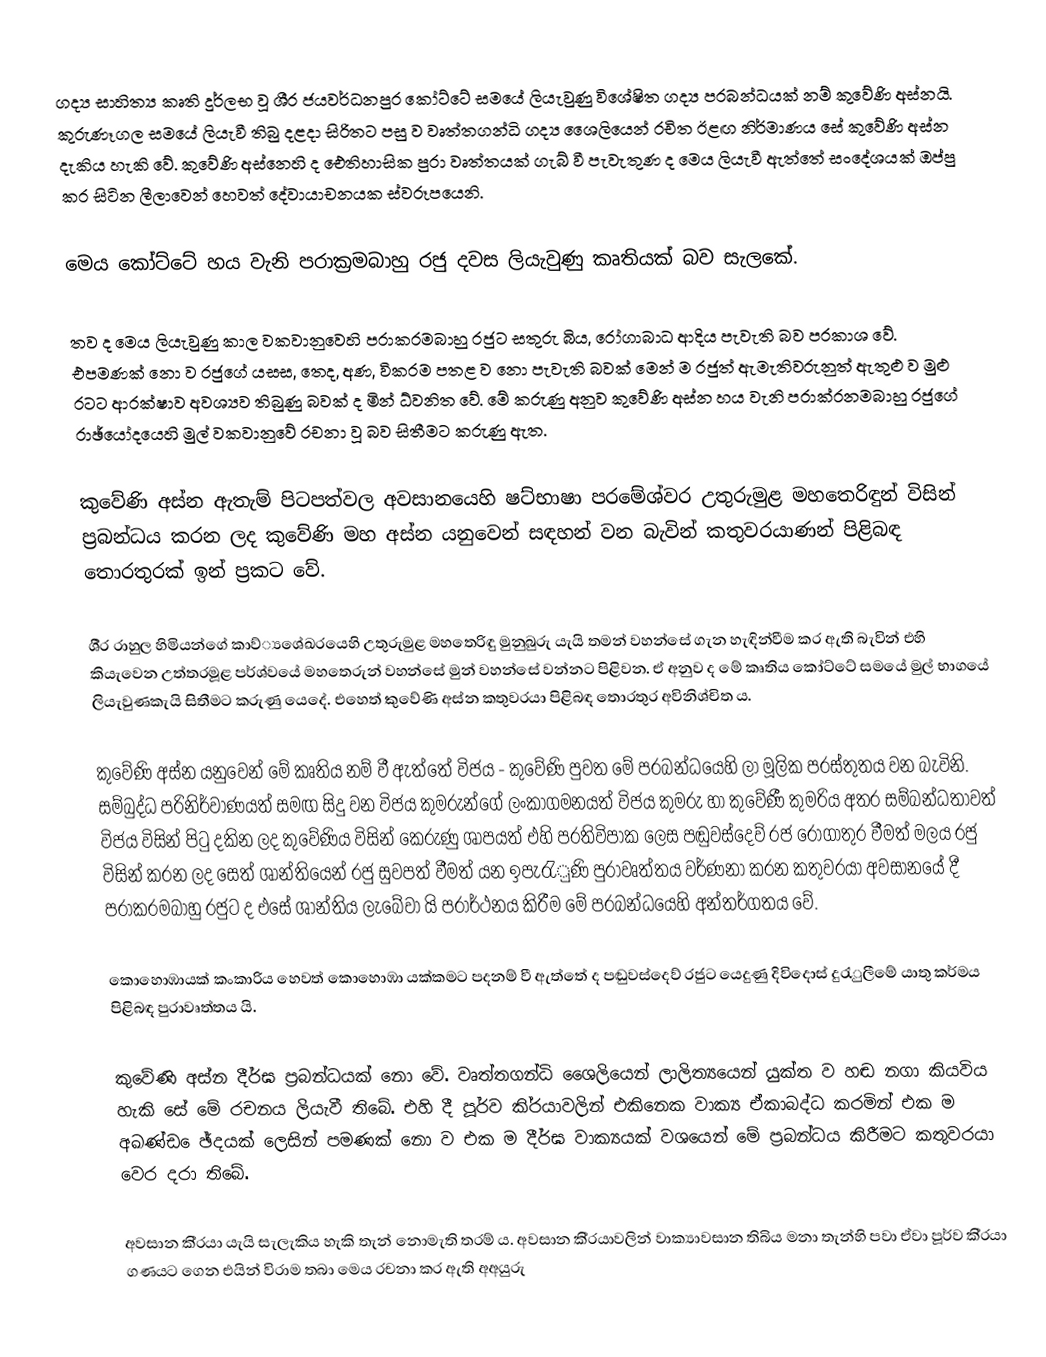
ගද්‍ය සාහිත්‍ය කෘති දුර්ලභ වූ ශී‍්‍ර ජයවර්ධනපුර කෝට්ටේ සමයේ ලියැවුණු විශේෂිත ගද්‍ය ප‍්‍රබන්ධයක් නම් කුවේණි අස්නයි. කුරුණෑගල සමයේ ලියැවී තිබු දළදා සිරිතට පසු ව වෘත්තගන්ධි ගද්‍ය ශෛලියෙන් රචිත ඊළඟ නිර්මාණය සේ කුවේණි අස්න දැකිය හැකි වේ. කුවේණි අස්නෙහි ද ඓතිහාසික පුරා වෘත්තයක් ගැබ් වී පැවැතුණ ද මෙය ලියැවී ඇත්තේ සංදේශයක් ඔප්පු කර සිටින ලීලාවෙන් හෙවත් දේවායාචනයක ස්වරූපයෙනි.

මෙය කෝට්ටේ හය වැනි පරාක‍්‍රමබාහු රජු දවස ලියැවුණු කෘතියක් බව සැලකේ.

තව ද මෙය ලියැවුණු කාල වකවානුවෙහි පරාක‍්‍රමබාහු රජුට සතුරු බිය, රෝගාබාධ ආදිය පැවැති බව ප‍්‍රකාශ වේ. එපමණක් නො ව රජුගේ යසස, තෙද, අණ, වික‍්‍රම පතළ ව නො පැවැති බවක් මෙන් ම රජුත් ඇමැතිවරුනුත් ඇතුළු ව මුළු රටට ආරක්ෂාව අවශ්‍යව තිබුණු බවක් ද මින් ධ්වනිත වේ. මේ කරුණු අනුව කුවේණි අස්න හය වැනි පරාක්රනමබාහු රජුගේ රාඡ්යෝදයෙහි මුල් වකවානුවේ රචනා වූ බව සිතීමට කරුණු ඇත.

කුවේණි අස්න ඇතැම් පිටපත්වල අවසානයෙහි ෂට්භාෂා පරමේශ්වර උතුරුමුළ මහතෙරිඳුන් විසින් ප‍්‍රබන්ධය කරන ලද කුවේණි මහ අස්න යනුවෙන් සඳහන් වන බැවින් කතුවරයාණන් පිළිබඳ තොරතුරක් ඉන් ප‍්‍රකට වේ.

ශී‍්‍ර රාහුල හිමියන්ගේ කාව්්‍යශේඛරයෙහි උතුරුමුළ මහතෙරිඳු මුනුබුරු යැයි තමන් වහන්සේ ගැන හැඳින්වීම කර ඇති බැවින් එහි කියැවෙන උත්තරමූළ පර්ශ්වයේ මහතෙරුන් වහන්සේ මුන් වහන්සේ වන්නට පිළිවන. ඒ අනුව ද මේ කෘතිය කෝට්ටේ සමයේ මුල් භාගයේ ලියැවුණකැයි සිතීමට කරුණු යෙදේ. එහෙත් කුවේණි අස්න කතුවරයා පිළිබඳ තොරතුර අවිනිශ්චිත ය.

කුවේණි අස්න යනුවෙන් මේ කෘතිය නම් වී ඇත්තේ විජය - කුවේණි පුවත මේ ප‍්‍රබන්ධයෙහි ලා මූලික ප‍්‍රස්තුතය වන බැවිනි. සම්බුද්ධ පරිනිර්වාණයත් සමඟ සිදු වන විජය කුමරුන්ගේ ලංකාගමනයත් විජය කුමරු හා කුවේණී කුමරිය අතර සම්බන්ධතාවත් විජය විසින් පිටු දකින ලද කුවේණිය විසින් කෙරුණු ශාපයත් එහි ප‍්‍රතිවිපාක ලෙස පඬුවස්දෙව් රජ රෝගාතුර වීමත් මලය රජු විසින් කරන ලද සෙත් ශාන්තියෙන් රජු සුවපත් වීමත් යන ඉපැරැුණි පුරාවෘත්තය වර්ණනා කරන කතුවරයා අවසානයේ දී පරාක‍්‍රමබාහු රජුට ද එසේ ශාන්තිය ලැබේවා යි ප‍්‍රාර්ථනය කිරීම මේ ප‍්‍රබන්ධයෙහි අන්තර්ගතය වේ.

කොහොඹායක් කංකාරිය හෙවත් කොහොඹා යක්කමට පදනම් වී ඇත්තේ ද පඬුවස්දෙව් රජුට යෙදුණු දිවිදොස් දුරැුලීමේ යාතු කර්මය පිළිබඳ පුරාවෘත්තය යි.

කුවේණි අස්න දීර්ඝ ප‍්‍රබන්ධයක් නො වේ. වෘත්තගන්ධි ශෛලියෙන් ලාලිත්‍යයෙන් යුක්ත ව හඬ නගා කියවිය හැකි සේ මේ රචනය ලියැවී තිබේ. එහි දී පූර්ව කි‍්‍රයාවලින් එකිනෙක වාක්‍ය ඒකාබද්ධ කරමින් එක ම අඛණ්ඩ ෙඡ්දයක් ලෙසින් පමණක් නො ව එක ම දීර්ඝ වාක්‍යයක් වශයෙන් මේ ප‍්‍රබන්ධය කිරීමට කතුවරයා වෙර දරා තිබේ.

අවසාන කි‍්‍රයා යැයි සැලැකිය හැකි තැන් නොමැති තරම් ය. අවසාන කි‍්‍රයාවලින් වාක්‍යාවසාන තිබිය මනා තැන්හි පවා ඒවා පූර්ව කි‍්‍රයා ගණයට ගෙන එයින් විරාම තබා මෙය රචනා කර ඇති අඅයුරු